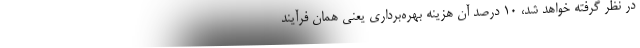
در نظر گرفته خواهد شد، ۱۰ درصد آن هزینه بهره‌برداری یعنی همان فرآیند